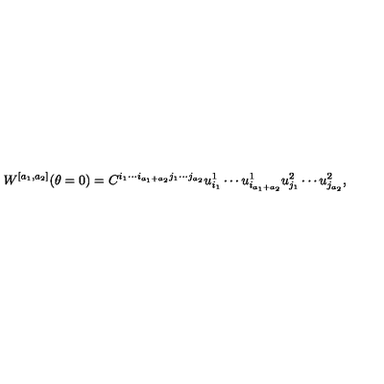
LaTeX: W ^ { [ a _ { 1 } , a _ { 2 } ] } ( \theta = 0 ) = C ^ { i _ { 1 } \cdots i _ { a _ { 1 } + a _ { 2 } } j _ { 1 } \cdots j _ { a _ { 2 } } } u _ { i _ { 1 } } ^ { 1 } \cdots u _ { i _ { a _ { 1 } + a _ { 2 } } } ^ { 1 } u _ { j _ { 1 } } ^ { 2 } \cdots u _ { j _ { a _ { 2 } } } ^ { 2 } ,